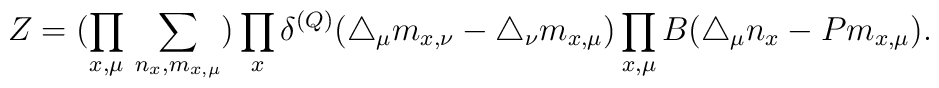
Z=\bigl(\prod_{x, \mu}\, \sum_{n_x,  m_{x,\mu}}\bigr) \prod_x \delta^{(Q)}(\triangle_{\mu} m_{x, \nu}-\triangle_{\nu}m_{x, \mu})\prod_{x, \mu}B(\triangle_{\mu}n_x - P m_{x, \mu}).